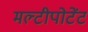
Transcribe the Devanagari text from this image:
मल्टीपोटेंट